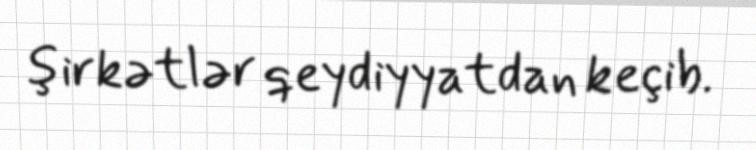
şirkətlər qeydiyyatdan keçib.